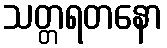
သတ္တရတနော